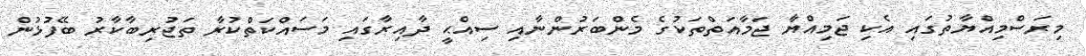
މިރަސްމިއްޔާތުގައި އެކި ޖަމިއްޔާ ޖަމާއަތްތަކުގެ މެންބަރުންނާއި ސިއްޙީ ދާއިރާގައި މަސައްކަތްކުރާ ތަޖުރިބާކާރު ބޭފުޅުން